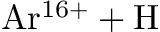
\mathrm { A r ^ { 1 6 + } + H }